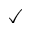
\checkmark